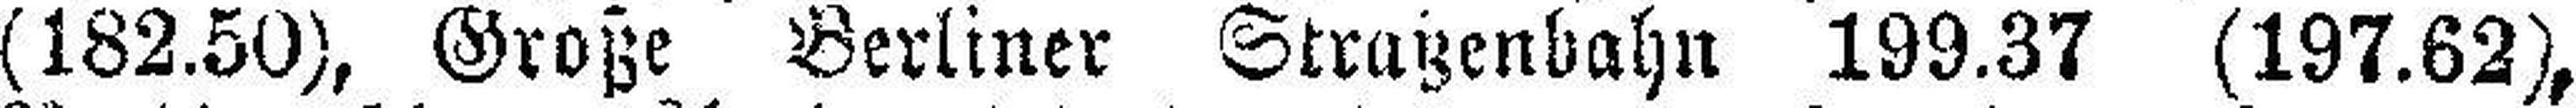
(182.50), Große Berliner Straßenbahn 199.37 (197.62),